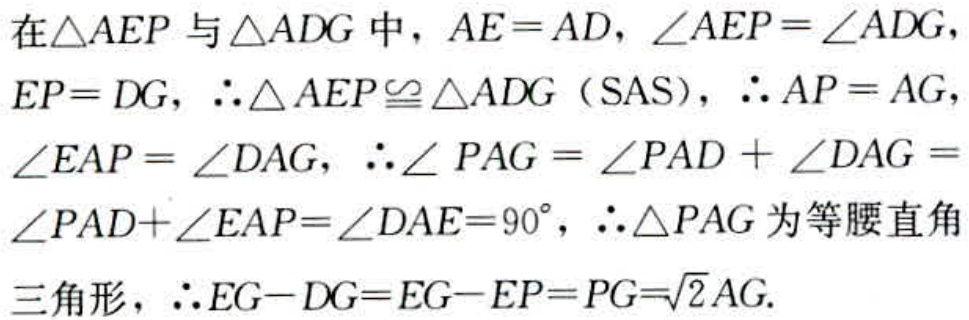
在$\triangle AEP$与$\triangle ADG$中，$AE = AD$，$\angle AEP=\angle ADG$，$EP = DG$，$\therefore \triangle AEP\cong\triangle ADG$（SAS），$\therefore AP = AG$，$\angle EAP=\angle DAG$，$\therefore\angle PAG=\angle PAD+\angle DAG=\angle PAD + \angle EAP=\angle DAE = 90^{\circ}$，$\therefore\triangle PAG$为等腰直角三角形，$\therefore EG - DG=EG - EP = PG=\sqrt{2}AG$.